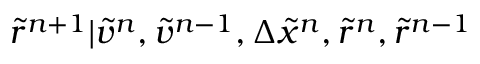
\tilde { r } ^ { n + 1 } | \tilde { v } ^ { n } , \tilde { v } ^ { n - 1 } , \Delta \tilde { x } ^ { n } , \tilde { r } ^ { n } , \tilde { r } ^ { n - 1 }